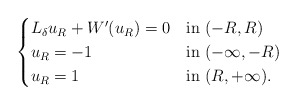
\begin{align*}\begin{cases}L_\delta u_R + W'(u_R) = 0 &\mbox{in }(-R,R)\\u_R = -1 &\mbox{in }(-\infty,-R)\\u_R = 1 &\mbox{in }(R,+\infty).\end{cases}\end{align*}